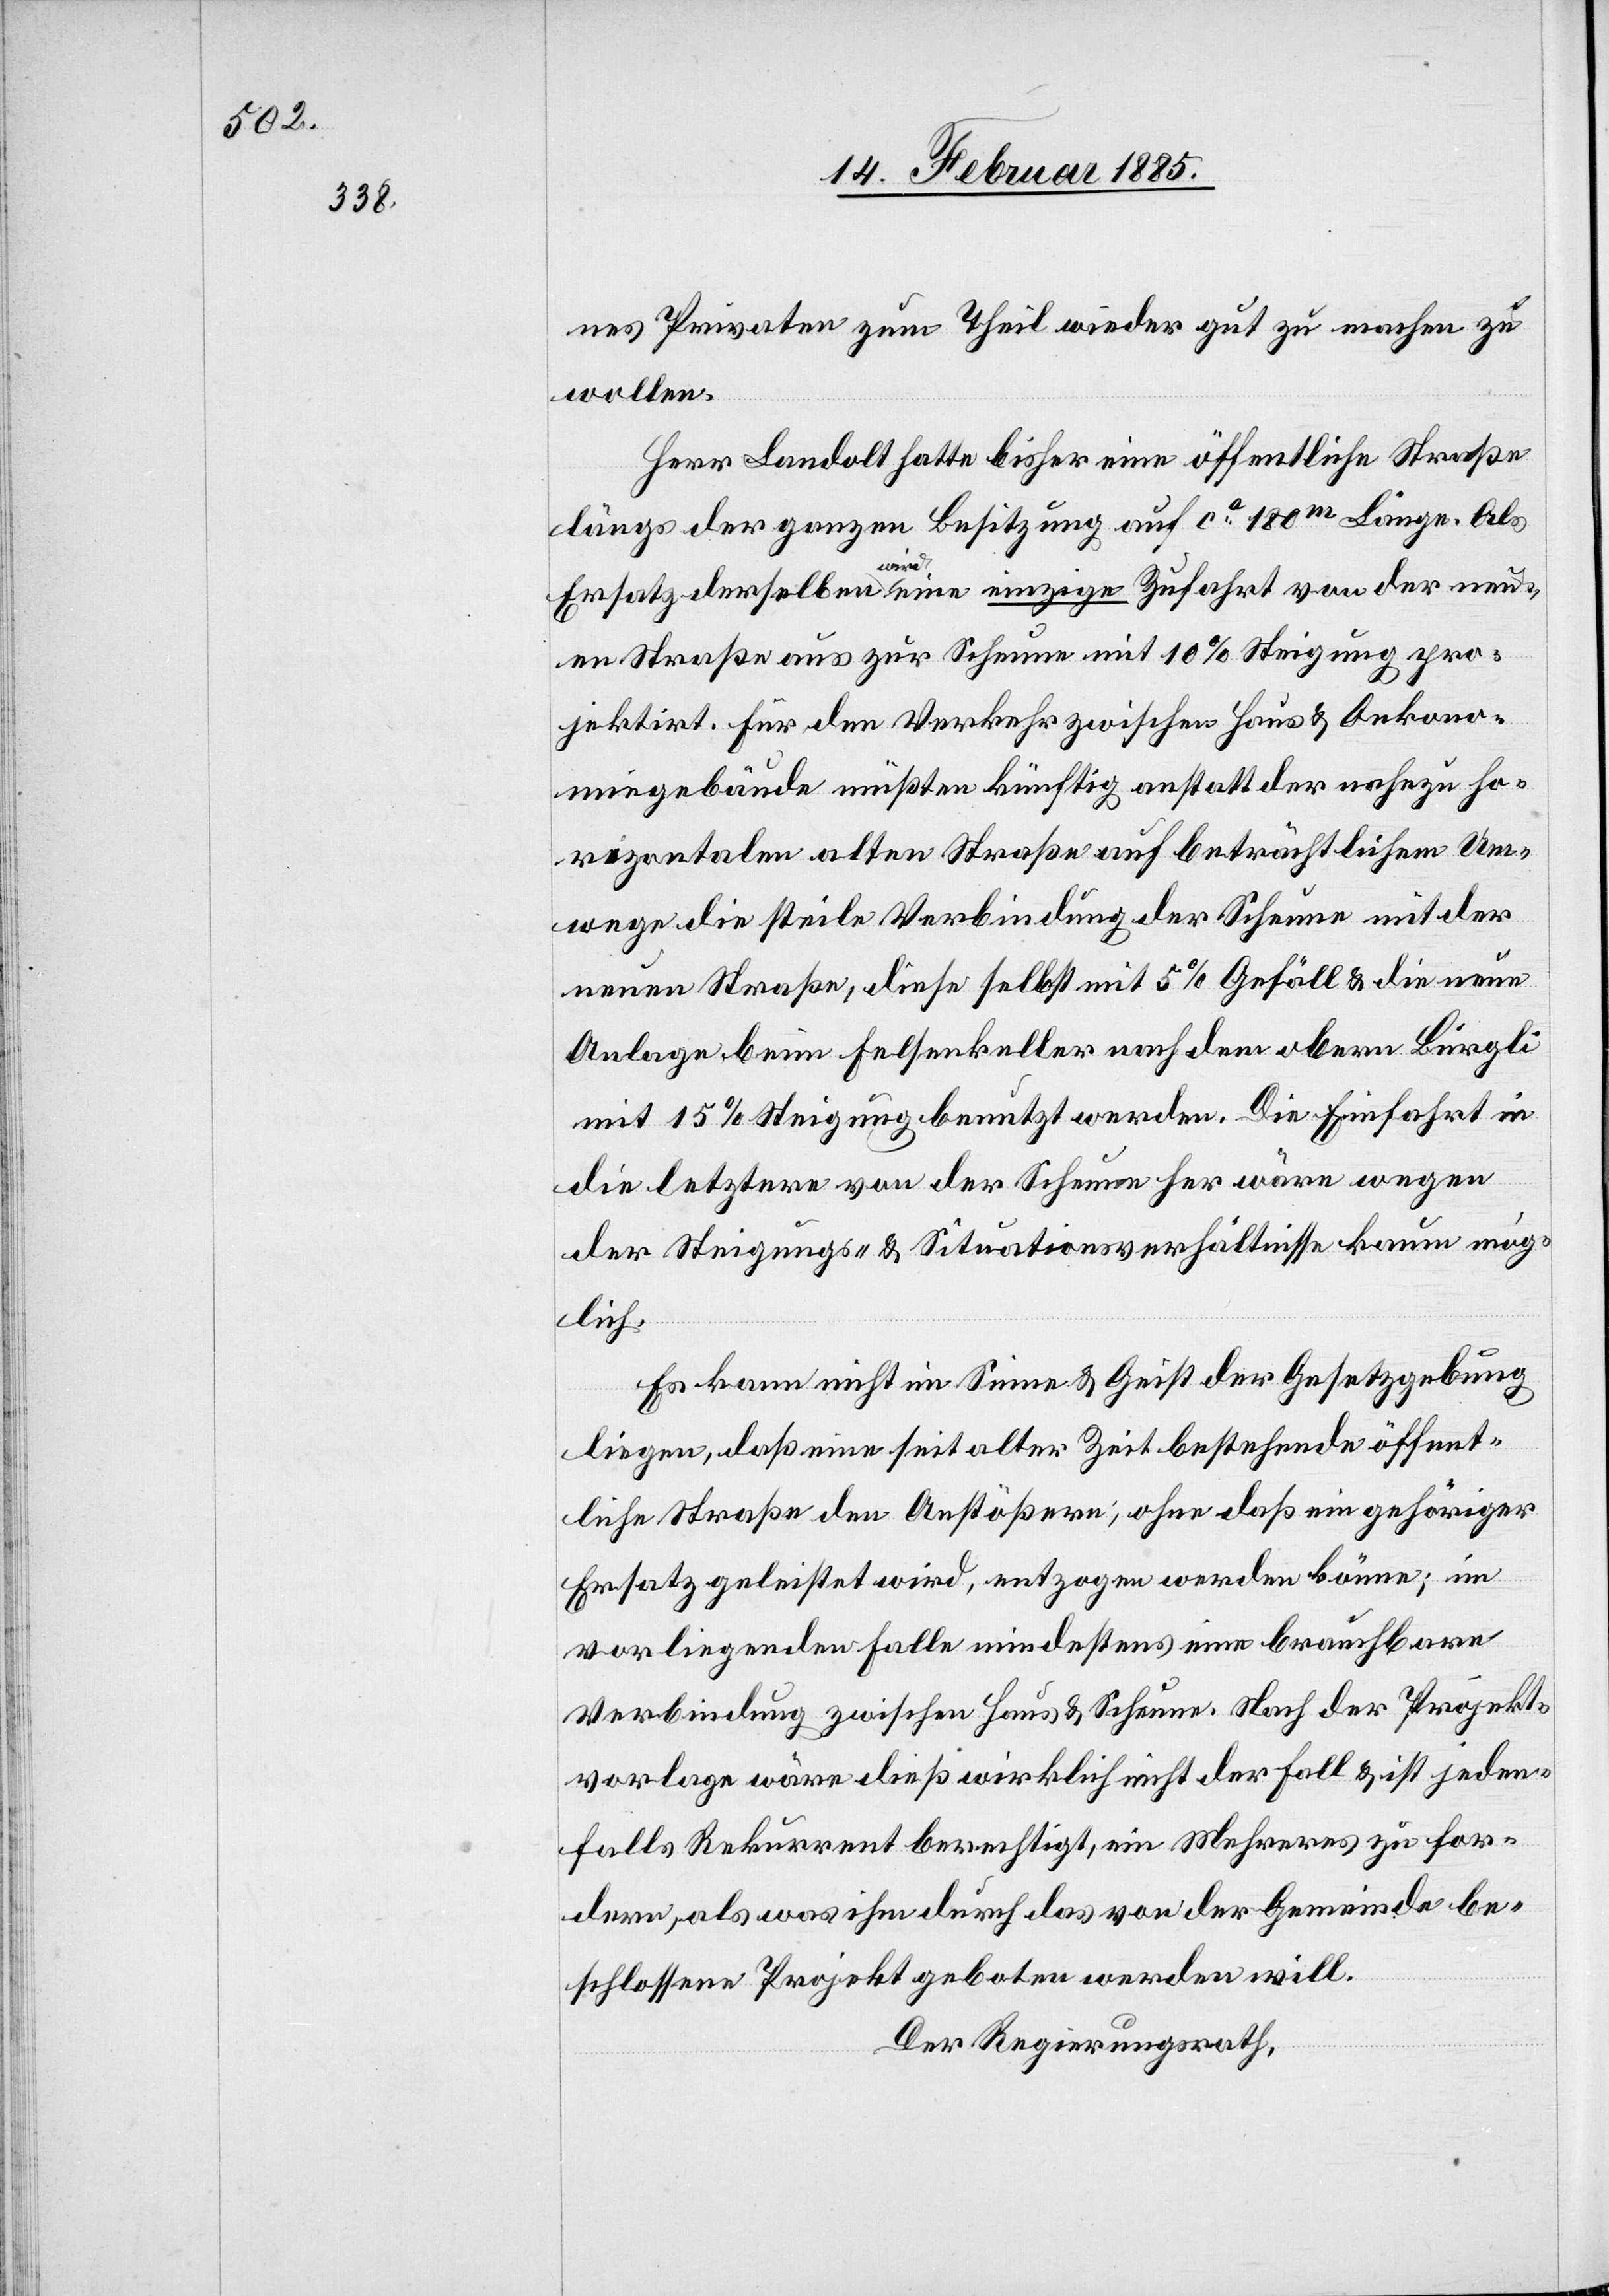
nes Privaten zum Theil wieder gut zu machen w¬
ollen.
Herr Landolt hatte bisher eine öffentliche Straße
längs der ganzen Besitzung auf ca 180m Länge. Als
Ersatz derselben wird eine einzige Zufahrt von der neu¬
en Straße aus zur Scheune mit 10% Steigung pro¬
jektirt. Für den Verkehr zwischen Haus & Oekono¬
miegebäude müßte künftig anstatt der nahezu ho¬
rizontalen alten Straße auf beträchtlichem Um¬
wege die steile Verbindung der Scheune mit der
neuen Straße, diese selbst mit 5% Gefäll & die neue
Anlage beim Fehlsenkeller nach dem obern Bürgli
mit 15% Steigung benutzt werden. Die Einfahrt in
die letztere von der Scheune her wäre wegen
der Steigungs- & Situationsverhältnisse kaum mög¬
lich.
Es kann nicht im Sinne & Geist der Gesetzgebung
liegen, daß eine seit alter Zeit bestehende öffent¬
liche Straße den Anstößern, ohne daß ein gehöriger
Ersatz geleistet wird, entzogen werden könne; im
vorliegenden Falle mindestens eine brauchbare
Verbindung zwischen Haus & Scheune. Nach der Projekt¬
vorlage wäre dieß wirklich nicht der Fall & ist jeden¬
falls Rekurrent berechtigt, ein Mehreres zu for¬
dern, als was ihm durch das von der Gemeinde be¬
schlossene Projekt geboten werden will.
Der Regierungsrath,